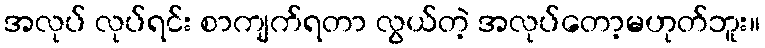
အလုပ် လုပ်ရင်း စာကျက်ရတာ လွယ်တဲ့ အလုပ်တော့မဟုတ်ဘူး။